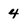
Character: 4